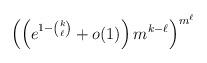
LaTeX: \begin{align*}\left(\left(e^{1-\binom{k}{\ell}}+o(1)\right)m^{k-\ell}\right)^{m^\ell}\end{align*}